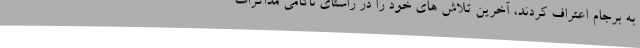
به برجام اعتراف کردند، آخرین تلاش های خود را در راستای ناکامی مذاکرات